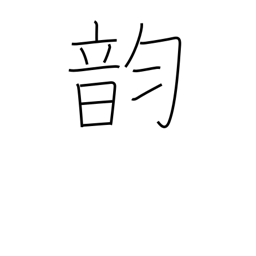
Meaning: vowel